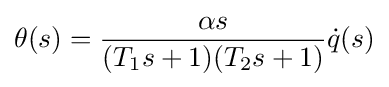
\theta (s)={\frac {\alpha s}{(T_{1}s+1)(T_{2}s+1)}}{\dot {q}}(s)